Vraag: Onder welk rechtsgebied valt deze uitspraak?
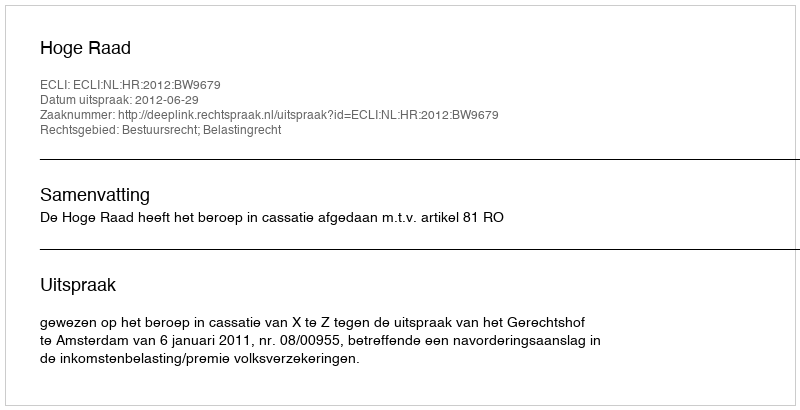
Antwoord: Bestuursrecht; Belastingrecht